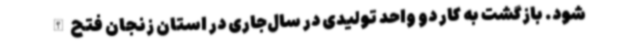
شود. بازگشت به کار دو واحد تولیدی در سال‌جاری در استان زنجان فتح‌الله